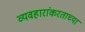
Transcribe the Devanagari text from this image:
व्यवहारांकरताच्या